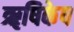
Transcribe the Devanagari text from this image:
ॠषिकेष